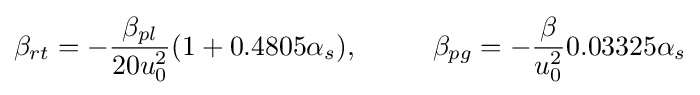
\beta _{rt}=-{\frac {\beta _{pl}}{20u_{0}^{2}}}(1+0.4805\alpha _{s}),\ \ \ \ \ \ \ \ \beta _{pg}=-{\frac {\beta }{u_{0}^{2}}}0.03325\alpha _{s}